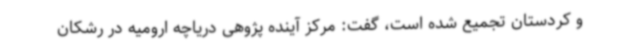
و کردستان تجمیع شده است، گفت: مرکز آینده پژوهی دریاچه ارومیه در رشکان